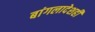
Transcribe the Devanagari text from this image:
बांगलादेशही